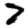
Digit: 7